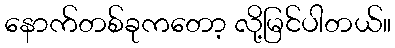
နောက်တစ်ခုကတော့ လို့မြင်ပါတယ်။